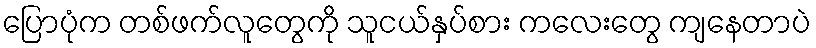
ပြောပုံက တစ်ဖက်လူတွေကို သူငယ်နှပ်စား ကလေးတွေ ကျနေတာပဲ